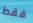
فقط